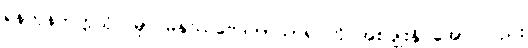
ရန်ကုန်တက္ကသိုလ်မှာ မနုဿဗေဒဘာသာရပ်ကို အစပျိုးနိုင်အောင်လည်း